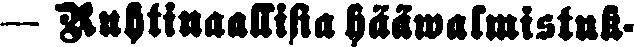
- Ruhtinaallisia hääwalmistuk-